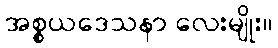
အစ္စယဒေသနာ လေးမျိုး။